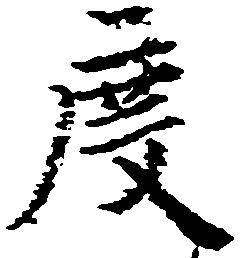
度